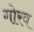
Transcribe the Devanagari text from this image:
गोरव